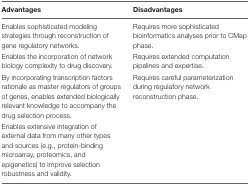
<table><thead><tr><td><b>Advantages</b></td><td><b>Disadvantages</b></td></tr></thead><tbody><tr><td>Enables sophisticated modeling strategies through reconstruction of gene regulatory networks.</td><td>Requires more sophisticated bioinformatics analyses prior to CMap phase.</td></tr><tr><td>Enables the incorporation of network biology complexity to drug discovery.</td><td>Requires extended computation pipelines and expertise.</td></tr><tr><td>By incorporating transcription factors rationale as master regulators of groups of genes, enables extended biologically relevant knowledge to accompany the drug selection process.</td><td>Requires careful parameterization during regulatory network reconstruction phase.</td></tr><tr><td>Enables extensive integration of external data from many other types and sources (e.g., protein-binding microarray, proteomics, and epigenetics) to improve selection robustness and validity.</td><td></td></tr></tbody></table>